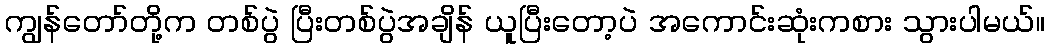
ကျွန်တော်တို့က တစ်ပွဲ ပြီးတစ်ပွဲအချိန် ယူပြီးတော့ပဲ အကောင်းဆုံးကစား သွားပါမယ်။